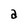
Character: a